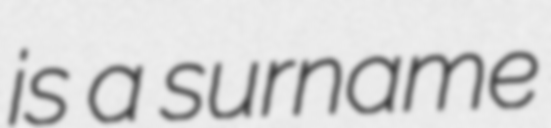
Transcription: is a surname